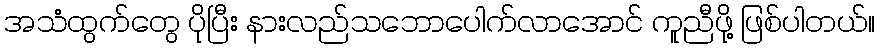
အသံထွက်တွေ ပိုပြီး နားလည်သဘောပေါက်လာအောင် ကူညီဖို့ ဖြစ်ပါတယ်။